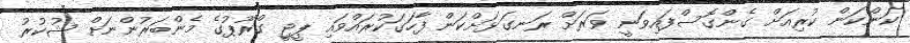
ކަންކަން ކުރިއަށް ގެންގޮސްފައިވަނީ ވަރަށް ރަނގަޅަށްކަން ފާހަގަކުރައްވައި ޕީޖީ ގްރޫޕުގެ މެންބަރުންނަށް ޝުކުރު